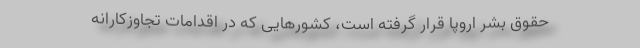
حقوق بشر اروپا قرار گرفته است، کشورهایی که در اقدامات تجاوزکارانه